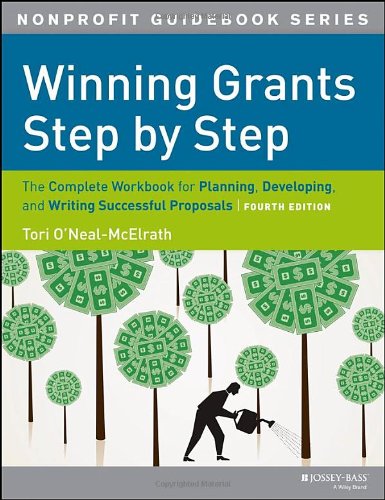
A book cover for Winning Grants Step by Step: The Complete Workbook for Planning, Developing and Writing Successful Proposals; Tori O'Neal-McElrath; Business & Money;